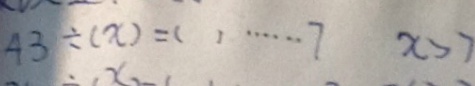
4 3 \div ( x ) = ( ) \cdots 7 x > 7